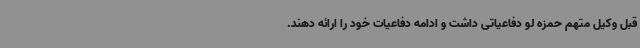
قبل وکیل متهم حمزه لو دفاعیاتی داشت و ادامه دفاعیات خود را ارائه دهند.